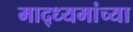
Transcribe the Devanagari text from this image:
माद्ध्यमांच्या